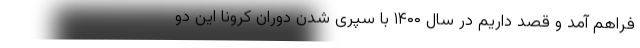
فراهم آمد و قصد داریم در سال ۱۴۰۰ با سپری شدن دوران کرونا این دو